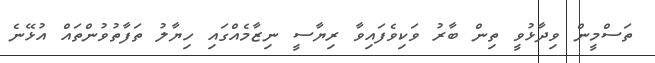
ތަސްމީން ވިދާޅުވީ ތިން ބާރު ވަކިވެފައިވާ ރިޔާސީ ނިޒާމެއްގައި ހިޔާލު ތަފާތުވުންތައް އުޅޭނެ